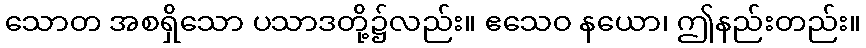
သောတ အစရှိသော ပသာဒတို့၌လည်း။ ဧသေဝ နယော၊ ဤနည်းတည်း။